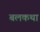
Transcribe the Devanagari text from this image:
बलकथा